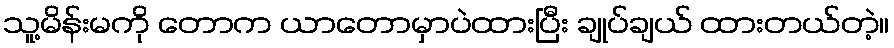
သူ့မိန်းမကို တောက ယာတောမှာပဲထားပြီး ချုပ်ချယ် ထားတယ်တဲ့။